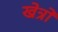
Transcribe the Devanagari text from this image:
खेत्रों